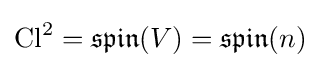
\operatorname {Cl} ^{2}={\mathfrak {spin}}(V)={\mathfrak {spin}}(n)